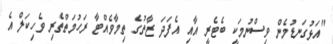
"އަޅުގަނޑުމެން ވިސްނުމަކީ ބެޓެރީ އާއި އެފަދަ ޒާތުގެ ތިމާވެއްޓާ ރަހުމަތްތެރި ވެހިކަލް އެ